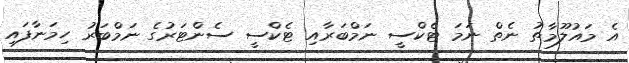
އެ މައުލޫމާތު ނެތް ނަމަ ޓެކްސީ ނަމްބަރާއި ޓެކްސީ ސެންޓަރުގެ ނަމްބަރު ހިމަނާފައި